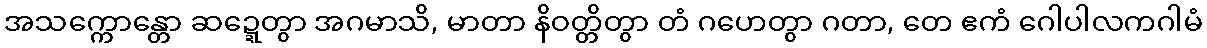
အသက္ကောန္တော ဆဍ္ဍေတွာ အဂမာသိ, မာတာ နိဝတ္တိတွာ တံ ဂဟေတွာ ဂတာ, တေ ဧကံ ဂေါပါလကဂါမံ